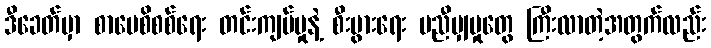
ဒီခေတ်မှာ စာပေစိစစ်ရေး တင်းကျပ်မှုနဲ့ စီးပွားရေး မညီမျှမှုတွေ ကြီးလာတဲ့အတွက်လည်း